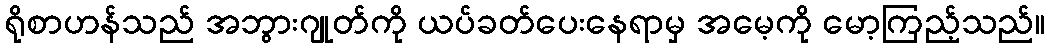
ရိုစာဟန်သည် အဘွားဂျုတ်ကို ယပ်ခတ်ပေးနေရာမှ အမေ့ကို မော့ကြည့်သည်။